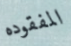
المفقوده